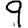
Digit: 9